Lunatic asylums Central Provinces reports 1910-1926 - 1910-1926
Year: 1910
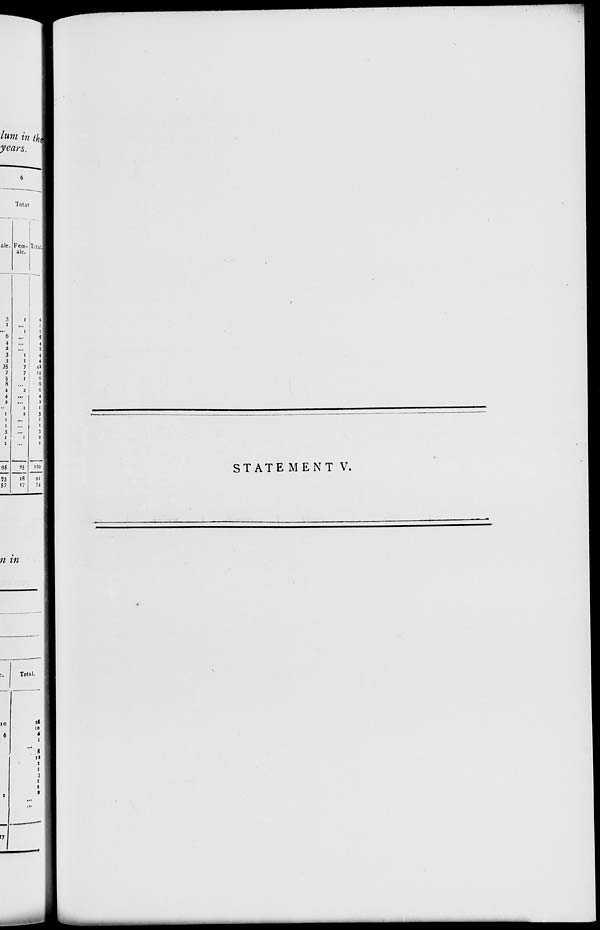
STATEMENT V.